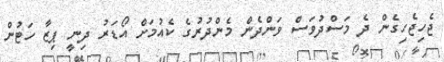
ޖެހިޖެހިގެން ދެ މަސްދުވަސް ވަންދެން މެންދުރުގެ ކެއުމަށް އޯޑަރު ދިނީ ޕިޒާ ހަޓުން